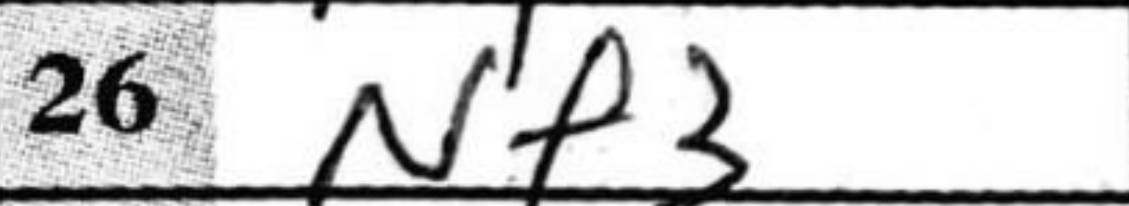
Transcription: Nf3